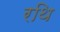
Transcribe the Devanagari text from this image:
रथि